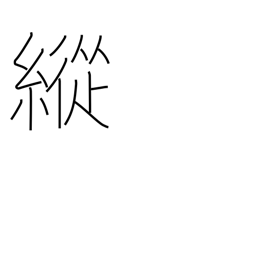
Meaning: indulge in